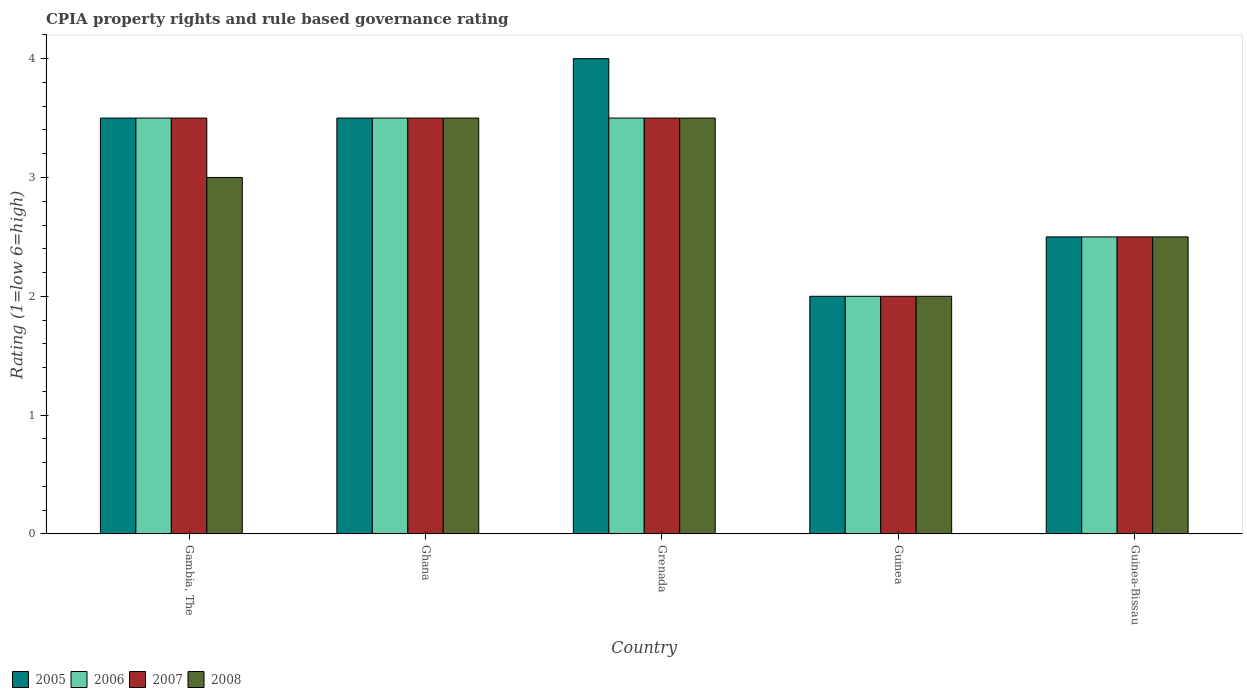
| Country | 2005 | 2006 | 2007 | 2008 |
 | --- | --- | --- | --- | --- |
 | Gambia, The | 3.5 | 3.5 | 3.5 | 3 |
 | Ghana | 3.5 | 3.5 | 3.5 | 3.5 |
 | Grenada | 4 | 3.5 | 3.5 | 3.5 |
 | Guinea | 2 | 2 | 2 | 2 |
 | Guinea-Bissau | 2.5 | 2.5 | 2.5 | 2.5 |